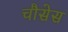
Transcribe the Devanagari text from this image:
चौसेस